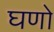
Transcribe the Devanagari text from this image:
घणो